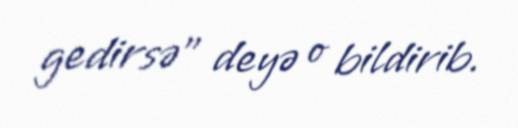
gedirsə” deyə o bildirib.